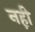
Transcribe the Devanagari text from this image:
नह़ी